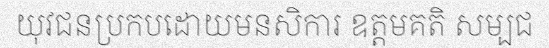
យុវជនប្រកបដោយមនសិការ ឧត្តមគតិ សម្បជ